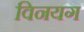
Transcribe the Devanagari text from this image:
विनयग